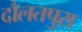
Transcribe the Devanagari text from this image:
दौलतपुरा